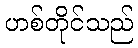
ဟစ်တိုင်သည်